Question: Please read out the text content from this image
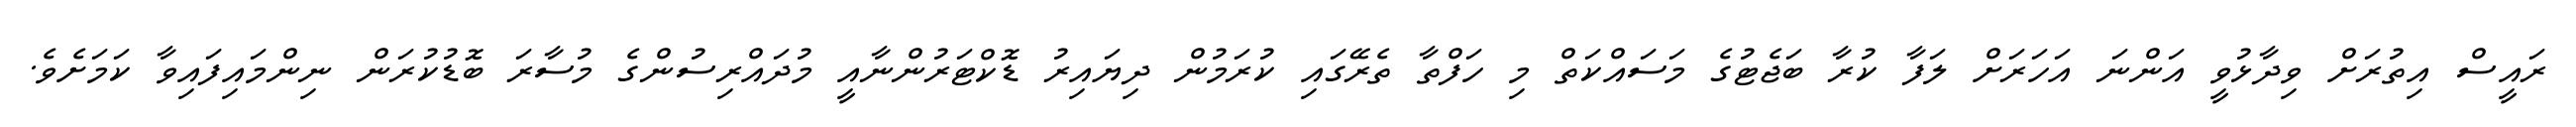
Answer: ރައީސް އިތުރަށް ވިދާޅުވީ އަންނަ އަހަރަށް ލަފާ ކުރާ ބަޖެޓުގެ މަސައްކަތް މި ހަފްތާ ތެރޭގައި ކުރަމުން ދިޔައިރު ޑޮކްޓަރުންނާއީ މުދައްރިސުންގެ މުސާރަ ބޮޑުކުރަން ނިންމައިފައިވާ ކަމަށެވެ.